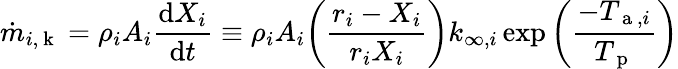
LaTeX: \dot{m}_{i,\mathrm{~k~}}=\rho_{i}A_{i}\frac{\mathrm{d}X_{i}}{\mathrm{d}t}\equiv\rho_{i}A_{i}\bigg(\frac{r_{i}-X_{i}}{r_{i}X_{i}}\bigg)k_{\infty,i}\exp\bigg(\frac{-T_{\mathrm{~a~},i}}{T_{\mathrm{~p~}}}\bigg)